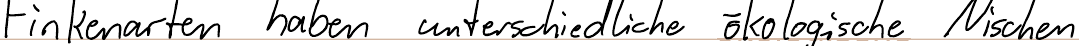
Finkenarten haben unterschiedliche ökologische Nischen